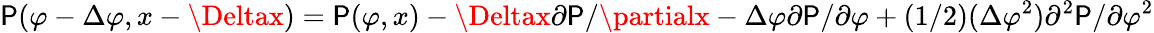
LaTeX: \mathsf{P}(\varphi-\Delta\varphi,x-\Deltax)=\mathsf{P}(\varphi,x)-\Deltax\partial\mathsf{P}/\partialx-\Delta\varphi\partial\mathsf{P}/\partial\varphi+(1/2)(\Delta\varphi^{2})\partial^{2}\mathsf{P}/\partial\varphi^{2}